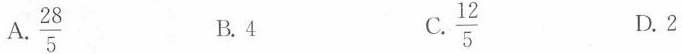
A.\frac{28}{5} B.4 C.\frac{12}{5} D.2